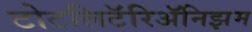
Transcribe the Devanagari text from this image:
टोटलिटॅरिॲनिझम